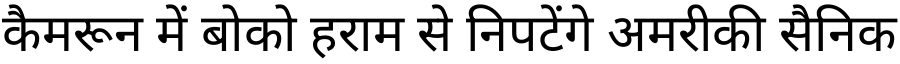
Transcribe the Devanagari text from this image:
कैमरून में बोको हराम से निपटेंगे अमरीकी सैनिक